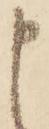
申